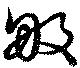
畋